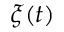
\xi ( t )